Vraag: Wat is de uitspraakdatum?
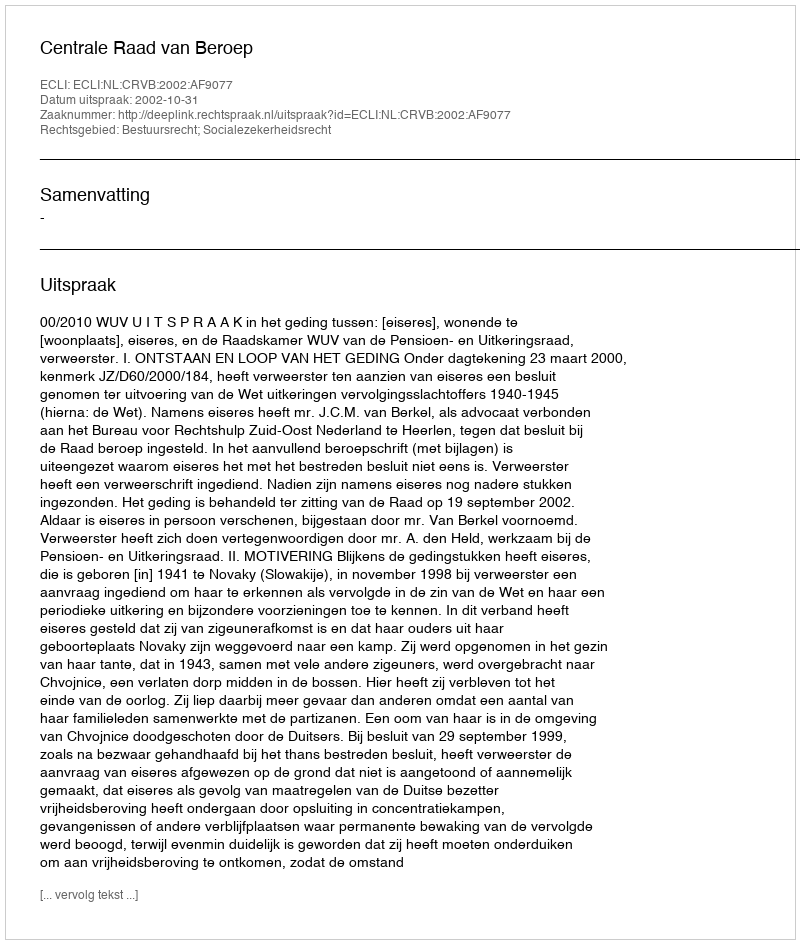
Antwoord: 2002-10-31